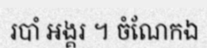
របាំ អង្គរ ។ ចំណែកឯ